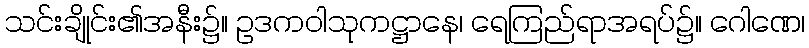
သင်းချိုင်း၏အနီး၌။ ဥဒကဝါသုကဋ္ဌာနေ၊ ရေကြည်ရာအရပ်၌။ ဂေါဏေ၊